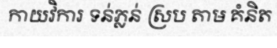
កាយវិការ ទន់ភ្លន់ ស្រប តាម គំនិត